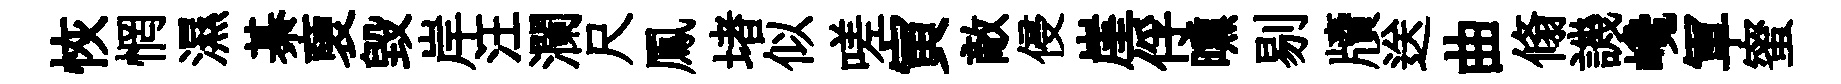
恢惘濕綦褏毀岸汪瀾尺鳳堵似嗟寅敵侵崖俘曛剔牘送曲翛譏巉軍蜜